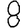
Digit: 8